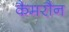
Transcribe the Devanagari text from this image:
कैमरौन